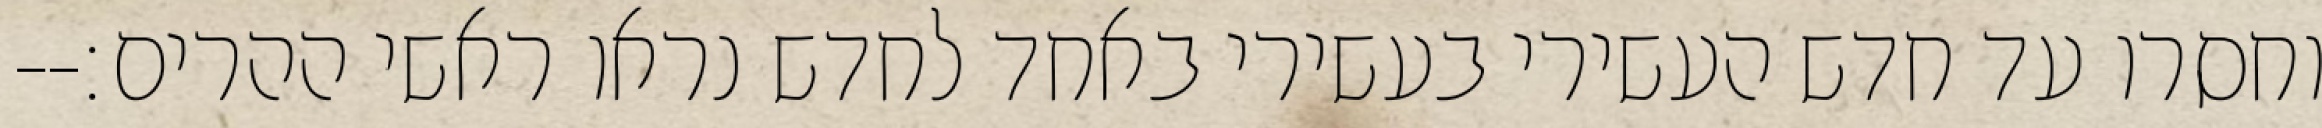
וחסרו עד חדש העשירי בעשירי באחד לחדש נראו ראשי ההרים׃--